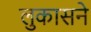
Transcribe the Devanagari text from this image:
लुकासने